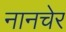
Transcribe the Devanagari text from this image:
नानचेर